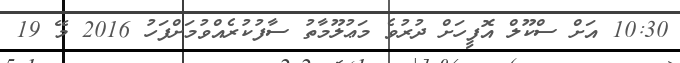
10:30 އަށް ސްކޫލް އޮފީހަށް ދުރުވެ މަޢުލޫމާތު ސާފުކުރެއްވުމަށްފަހު 2016 މޭ 19